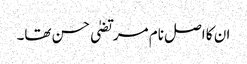
ان کا اصل نام مرتضیٰ حسن تھا۔